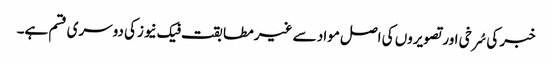
خبر کی سُرخی اور تصویروں کی اصل مواد سے غیر مطابقت فیک نیوزکی دوسری قسم ہے۔